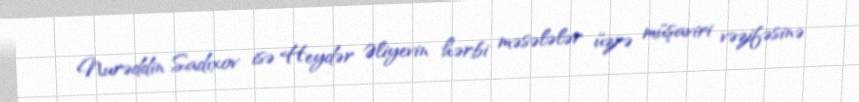
Nurəddin Sadıxov isə Heydər Əliyevin hərbi məsələlər üzrə müşaviri vəzifəsinə